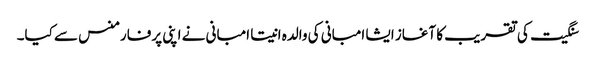
سنگیت کی تقریب کا آغاز ایشا امبانی کی والدہ انیتا امبانی نے اپنی پرفارمنس سے کیا۔